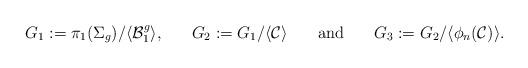
LaTeX: \begin{align*}&G_1:=\pi_1(\Sigma_g)/\langle \mathcal{B}_{1}^g \rangle, && G_2:=G_1/\langle \mathcal{C} \rangle &&\mathrm{and} && G_3:=G_2/\langle \phi_n(\mathcal{C}) \rangle.\end{align*}